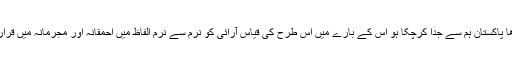
لیکن جو ملک آدھا پاکستان ہم سے جدا کرچکا ہو اُس کے بارے میں اس طرح کی قیاس آرائی کو نرم سے نرم الفاظ میں احمقانہ اور مجرمانہ میں قرار دیا جاسکتا ہے۔